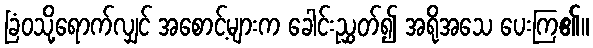
ခြံဝသို့ရောက်လျှင် အစောင့်များက ခေါင်းညွှတ်၍ အရိုအသေ ပေးကြ၏။